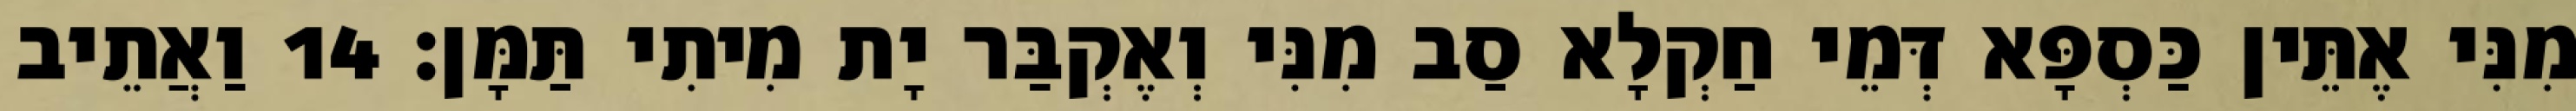
מִנִּי אֶתֵּין כַּסְפָּא דְּמֵי חַקְלָא סַב מִנִּי וְאֶקְבַּר יָת מִיתִי תַּמָּן׃ 14 וַאֲתֵיב